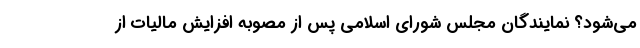
می‌شود؟ نمایندگان مجلس شورای اسلامی پس از مصوبه افزایش مالیات از